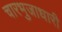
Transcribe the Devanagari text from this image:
चारभुजाधारी